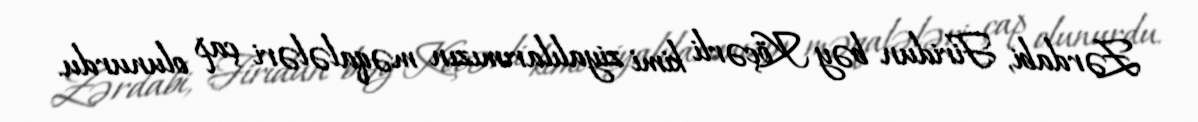
Zərdabi, Firidun bəy Köçərli kimi ziyalılarımızın məqalələri çap olunurdu.